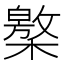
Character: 𣜥